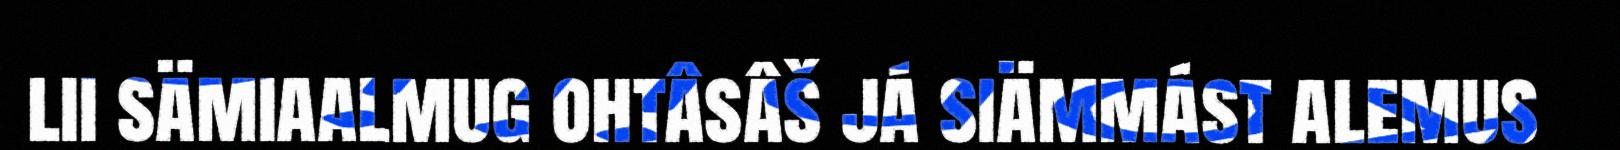
lii sämiaalmug ohtâsâš já siämmást alemus